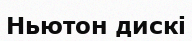
Ньютон дискі